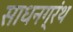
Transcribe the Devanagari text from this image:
साधनग्रंथ